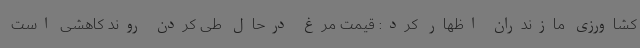
کشاورزی مازندران اظهار کرد: قیمت مرغ درحال طی کردن روند کاهشی است